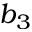
b _ { 3 }